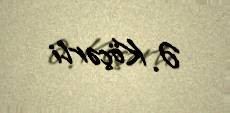
Ə. Köçərli